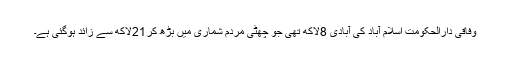
وفاقی دارالحکومت اسلام آباد کی آبادی 8لاکھ تھی جو چھٹی مردم شماری میں بڑھ کر21لاکھ سے زائد ہوگئی ہے۔